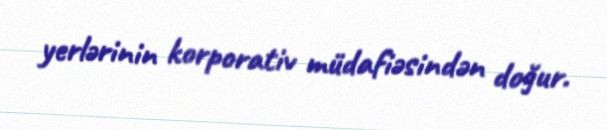
yerlərinin korporativ müdafiəsindən doğur.